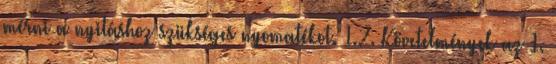
mérni a nyitáshoz szükséges nyomatékot. 1.2. Követelmények az 1.